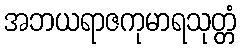
အဘယရာဇကုမာရသုတ္တံ